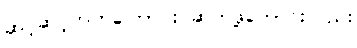
ဆင့်ဆင့်တက်ကြောင်း ဆက်ဖို့ကောင်းလည်း